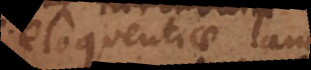
eloquentiae laude